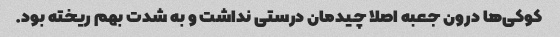
کوکی‌ها درون جعبه اصلا چیدمان درستی نداشت و به شدت بهم ریخته بود.